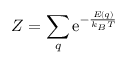
Z = \sum _ { q } \mathrm { e } ^ { - { \frac { E ( q ) } { k _ { B } T } } }